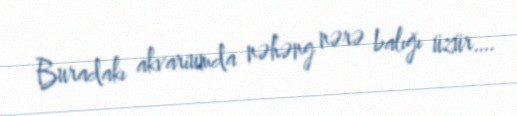
Buradakı akvariumda nəhəng nərə balığı üzür….